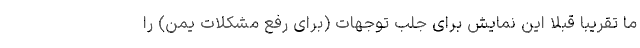
ما تقریبا قبلا این نمایش برای جلب توجهات (برای رفع مشکلات یمن) را